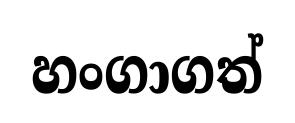
හංගාගත්